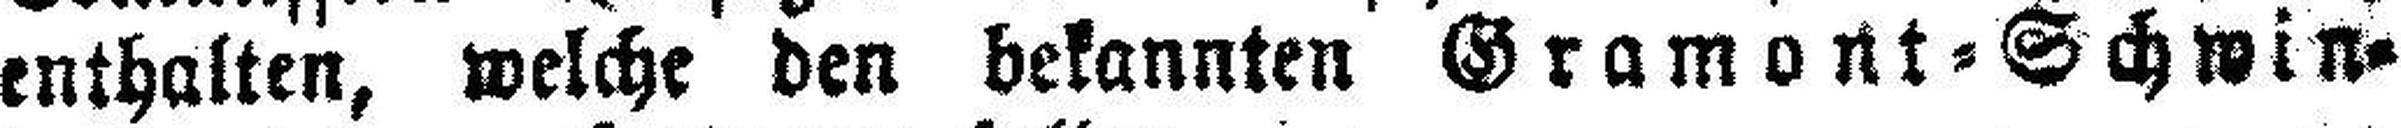
enthalten, welche den bekannten Gramont=Schwin¬